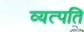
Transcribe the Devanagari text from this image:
व्यत्पति